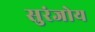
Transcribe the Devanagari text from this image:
सुरंजोय